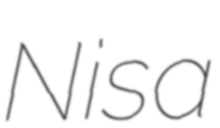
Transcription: Nisa